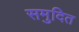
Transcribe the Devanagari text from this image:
समुदित